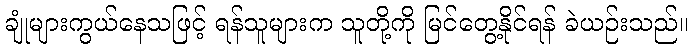
ချုံများကွယ်နေသဖြင့် ရန်သူများက သူတို့ကို မြင်တွေ့နိုင်ရန် ခဲယဉ်းသည်။